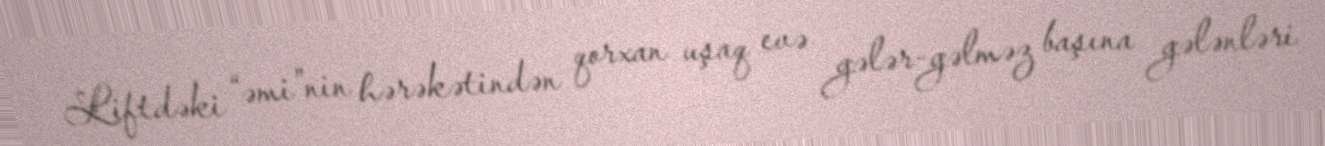
Liftdəki “əmi”nin hərəkətindən qorxan uşaq evə gələr-gəlməz başına gələnləri